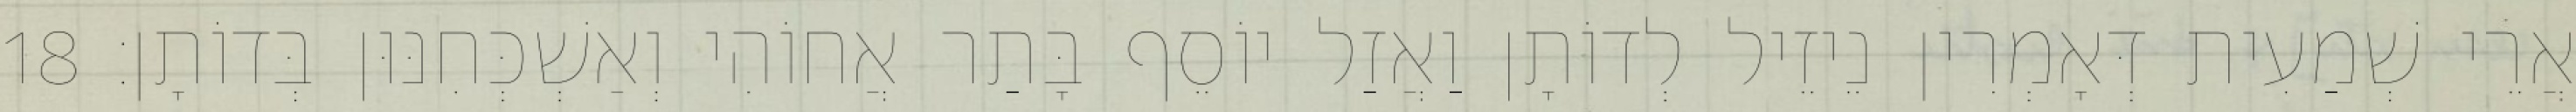
אֲרֵי שְׁמַעִית דְּאָמְרִין נֵיזֵיל לְדוֹתָן וַאֲזַל יוֹסֵף בָּתַר אֲחוֹהִי וְאַשְׁכְּחִנּוּן בְּדוֹתָן׃ 18